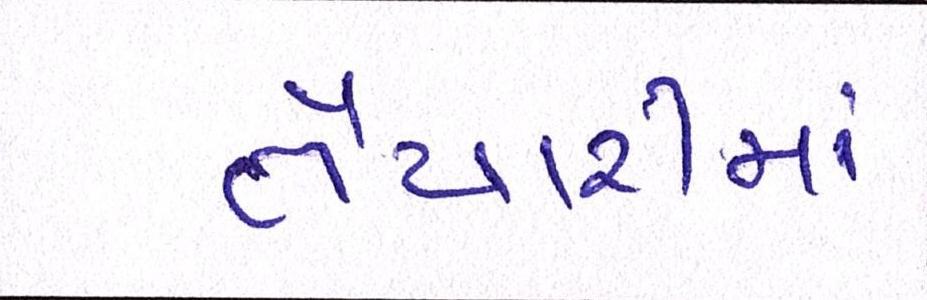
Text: તૈયારીમાં